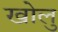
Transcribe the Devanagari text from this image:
खोलु